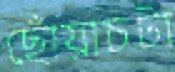
ছোঁয়াচটা